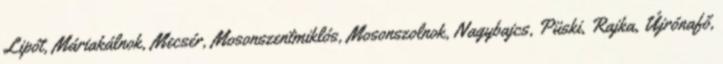
Lipót, Máriakálnok, Mecsér, Mosonszentmiklós, Mosonszolnok, Nagybajcs, Püski, Rajka, Újrónafő,